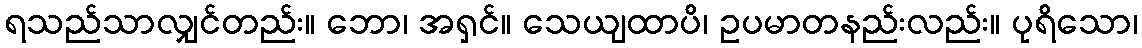
ရသည်သာလျှင်တည်း။ ဘော၊ အရှင်။ သေယျထာပိ၊ ဥပမာတနည်းလည်း။ ပုရိသော၊